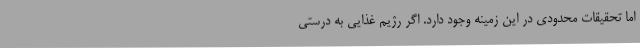
اما تحقیقات محدودی در این زمینه وجود دارد. اگر رژیم غذایی به درستی